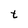
Character: t